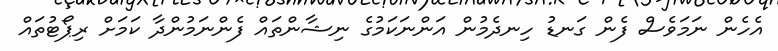
އެހެން ނަމަވެސް ފެން ގަނޑު ހިނދެމުން އަންނަކަމުގެ ނިޝާންތައް ފެންނަމުންދާ ކަމަށް ރިޕޯޓުތައް